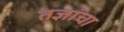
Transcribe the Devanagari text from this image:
तज्ञांचा